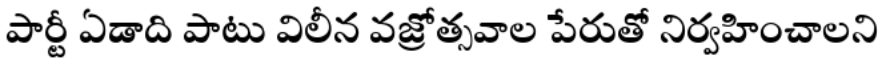
పార్టీ ఏడాది పాటు విలీన వజ్రోత్సవాల పేరుతో నిర్వహించాలని